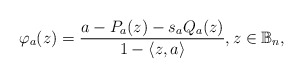
\begin{align*}\varphi_a(z)=\dfrac{a-P_a(z)-s_aQ_a(z)}{1-\langle z,a\rangle}, z\in \mathbb{B}_n,\end{align*}